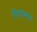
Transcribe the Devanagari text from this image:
विणायगर